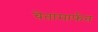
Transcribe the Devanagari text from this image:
चेतांमार्फत